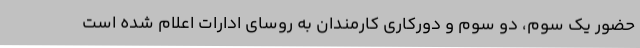
حضور یک سوم، دو سوم و دورکاری کارمندان به روسای ادارات اعلام شده است